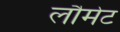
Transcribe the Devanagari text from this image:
लौमेट